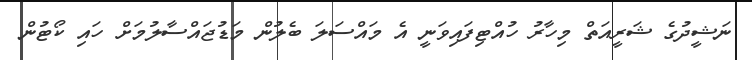
ނަޝީދުގެ ޝަރީއަތް މިހާރު ހުއްޓިފައިވަނީ އެ މައްސަލަ ބެލުން މަޑުޖައްސާލުމަށް ހައި ކޯޓުން